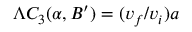
\Lambda C _ { 3 } ( \alpha , B ^ { \prime } ) = ( v _ { f } / v _ { i } ) a